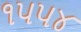
૧૫૫૪